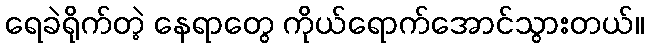
ရေခဲရိုက်တဲ့ နေရာတွေ ကိုယ်ရောက်အောင်သွားတယ်။